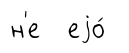
н'е еjо́